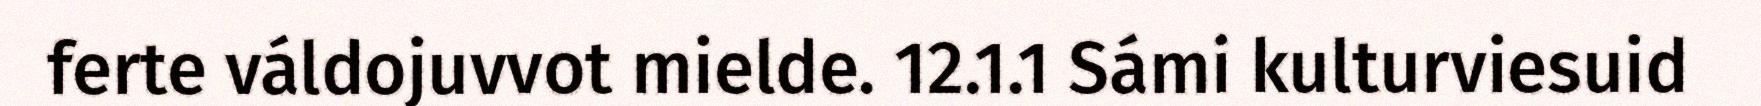
ferte váldojuvvot mielde. 12.1.1 Sámi kulturviesuid